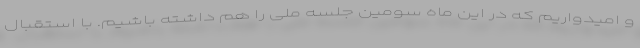
و امیدواریم که در این ماه سومین جلسه ملی را هم داشته باشیم. با استقبال